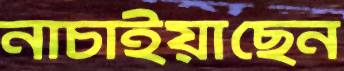
নাচাইয়াছেন